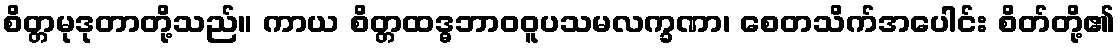
စိတ္တမုဒုတာတို့သည်။ ကာယ စိတ္တထဒ္ဓဘာဝဝူပသမလက္ခဏာ၊ စေတသိက်အပေါင်း စိတ်တို့၏